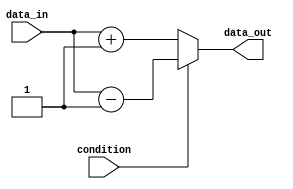
module if_else_statement (
    input wire condition,
    input wire [7:0] data_in,
    output reg [7:0] data_out
);

always @(*)
begin
    if (~condition) begin
        // Execute this block if condition is false
        data_out = data_in + 1;
    end
    else begin
        // Execute this block if condition is true
        data_out = data_in - 1;
    end
end

endmodule